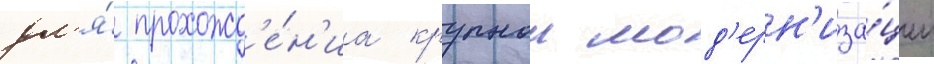
дл'я́ прохожд'е́н'иа крупнои мод'ерн'иза́ции